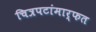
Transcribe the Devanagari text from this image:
चित्रपटांमार्फत